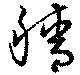
穡